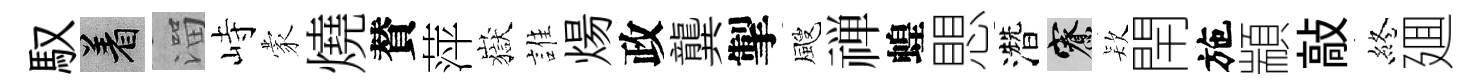
馭著溜峙蒙燒賛萍嶽誰煬政龔掣颼禅蝗愳濳寮𣣇閈施顓敲終廽